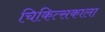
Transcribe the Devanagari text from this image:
चिकित्सकाला